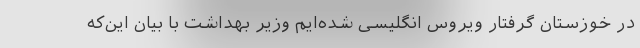
در خوزستان گرفتار ویروس انگلیسی شده‌ایم وزیر بهداشت با بیان این‌که